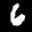
Label: 6